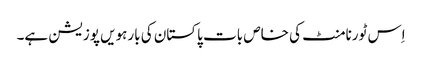
اِس ٹورنامنٹ کی خاص بات پاکستان کی بارہویں پوزیشن ہے۔